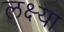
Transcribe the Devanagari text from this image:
लक्ष्‍या